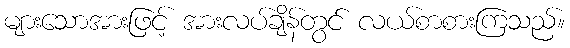
များသောအားဖြင့် အားလပ်ချိန်တွင် လယ်စာစားကြသည်။